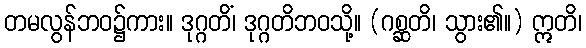
တမလွန်ဘဝ၌ကား။ ဒုဂ္ဂတိံ၊ ဒုဂ္ဂတိဘဝသို့။ (ဂစ္ဆတိ၊ သွား၏။) ဣတိ၊